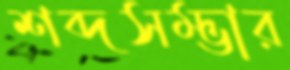
শব্দসম্ভার